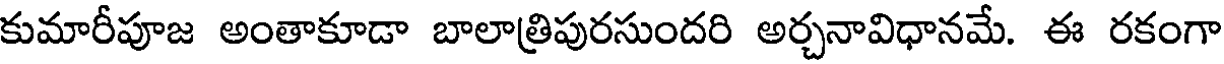
కుమారీపూజ అంతాకూడా బాలాత్రిపురసుందరి అర్చనావిధానమే. ఈ రకంగా